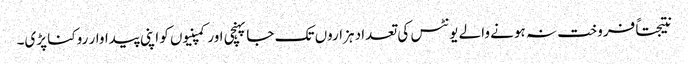
نتیجتاً فروخت نہ ہونے والے یونٹس کی تعداد ہزاروں تک جا پہنچی اور کمپنیوں کو اپنی پیداوار روکنا پڑی۔